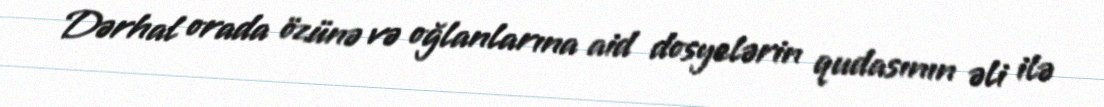
Dərhal orada özünə və oğlanlarına aid dosyelərin qudasının əli ilə